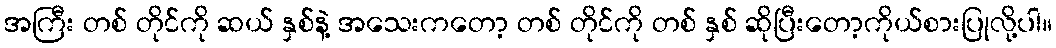
အကြီး တစ် တိုင်ကို ဆယ် နှစ်နဲ့ အသေးကတော့ တစ် တိုင်ကို တစ် နှစ် ဆိုပြီးတော့ကိုယ်စားပြုလို့ပါ။